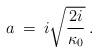
LaTeX: \begin{align*}a \> = \>i \sqrt{\frac{2 i}{\kappa_0}} \> .\end{align*}